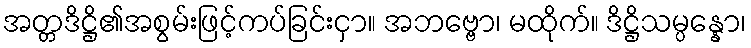
အတ္တဒိဋ္ဌိ၏အစွမ်းဖြင့်ကပ်ခြင်းငှာ။ အဘဗ္ဗော၊ မထိုက်။ ဒိဋ္ဌိသမ္ပန္နော၊